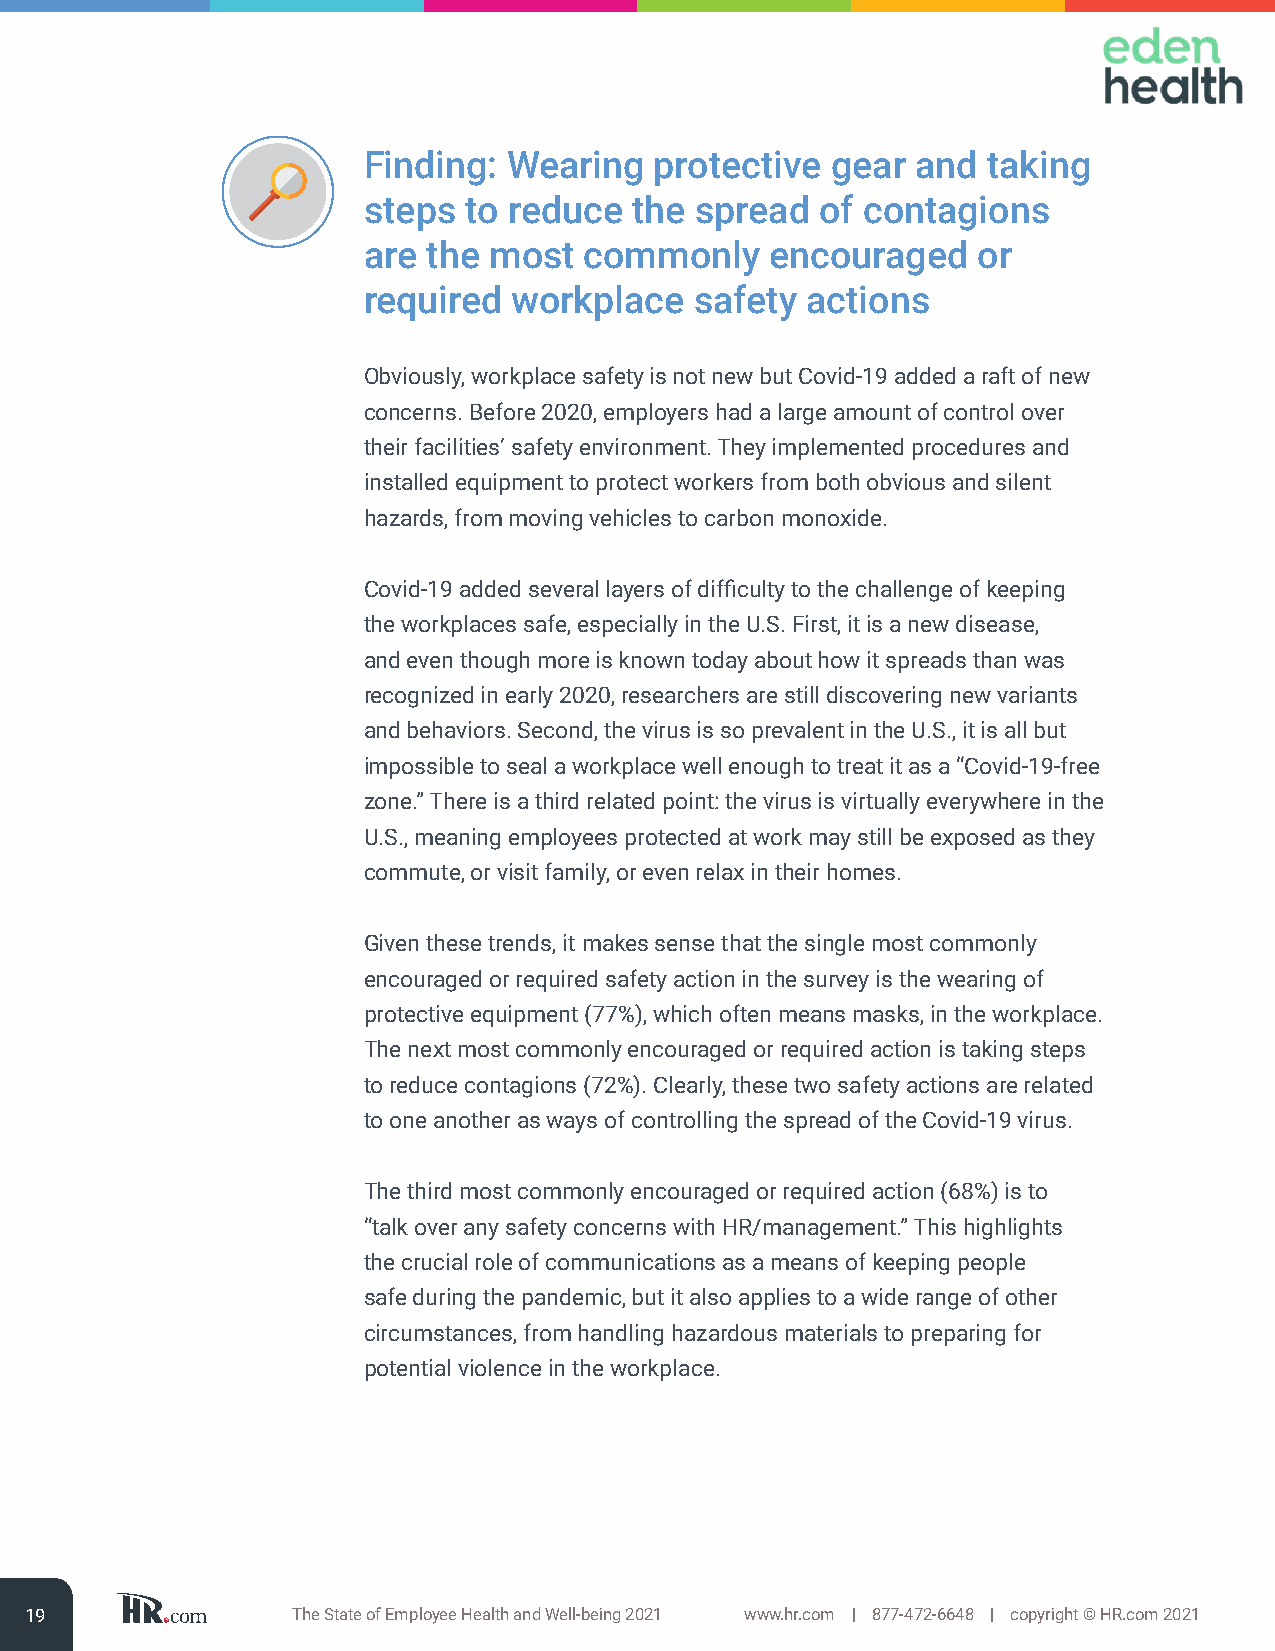
Finding:  Wearing  protective  gear  and taking
 steps  to reduce  the spread  of contagions
 are the most   commonly    encouraged    or
 required  workplace   safety actions
 Obviously, workplace safety is not new but Covid-19 added a raft of new
 concerns. Before 2020, employers had a large amount of control over
 their facilities’ safety environment. They implemented procedures and
 installed equipment to protect workers from both obvious and silent
 hazards, from moving vehicles to carbon monoxide.
 Covid-19 added several layers of difficulty to the challenge of keeping
 the workplaces safe, especially in the U.S. First, it is a new disease,
 and even though more is known today about how it spreads than was
 recognized in early 2020, researchers are still discovering new variants
 and behaviors. Second, the virus is so prevalent in the U.S., it is all but
 impossible to seal a workplace well enough to treat it as a “Covid-19-free
 zone.” There is a third related point: the virus is virtually everywhere in the
 U.S., meaning employees protected at work may still be exposed as they
 commute, or visit family, or even relax in their homes.
 Given these trends, it makes sense that the single most commonly
 encouraged or required safety action in the survey is the wearing of
 protective equipment (77%), which often means masks, in the workplace.
 The next most commonly encouraged or required action is taking steps
 to reduce contagions (72%). Clearly, these two safety actions are related
 to one another as ways of controlling the spread of the Covid-19 virus.
 The third most commonly encouraged or required action (68%) is to
 “talk over any safety concerns with HR/management.” This highlights
 the crucial role of communications as a means of keeping people
 safe during the pandemic, but it also applies to a wide range of other
 circumstances, from handling hazardous materials to preparing for
 potential violence in the workplace.
 19               The State of Employee Health and Well-being 2021 www.hr.com | 877-472-6648 | copyright © HR.com 2021